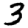
Digit: 3